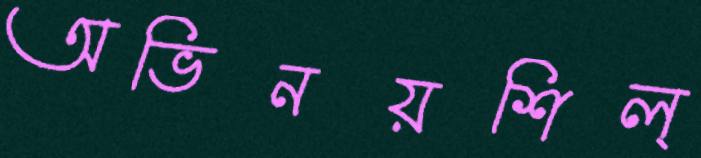
অভিনয়শিল্